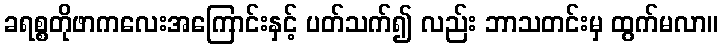
ခရစ္စတိုဖာကလေးအကြောင်းနှင့် ပတ်သက်၍ လည်း ဘာသတင်းမှ ထွက်မလာ။